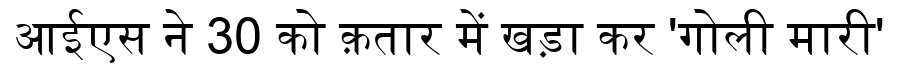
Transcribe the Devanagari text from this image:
आईएस ने 30 को क़तार में खड़ा कर 'गोली मारी'